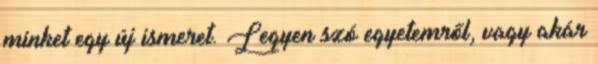
minket egy új ismeret. Legyen szó egyetemről, vagy akár